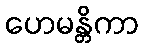
ဟေမန္တိကာ